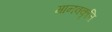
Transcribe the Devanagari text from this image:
मानवकृत्ति